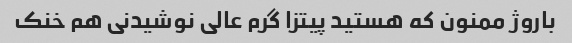
باروژ ممنون که هستید پیتزا گرم عالی نوشیدنی هم خنک